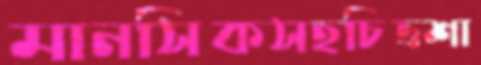
মানসিকসহচিত্রশা